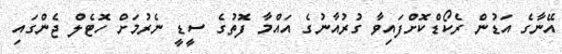
އޭނާގެ އަޑުން ރެކޯޑްކޮށްފައިވާ ގުރުއާނުގެ އައްމާ ފޮތުގެ ސީޑީ ނެރުމަށް ހޮޓެލް ޖެންގައި